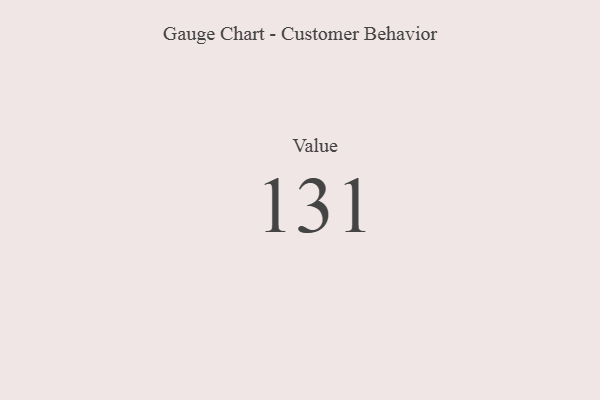
{"axis": {"x": "Metric", "y": "Value"}, "legend": [""], "data": [{"x": "Value", "y": 131, "type": ""}]}